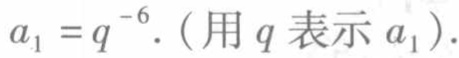
\(a_{1}=q^{-6}.\)（用\(q\)表示\(a_{1}\)）